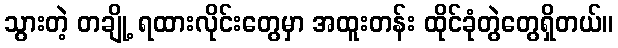
သွားတဲ့ တချို့ ရထားလိုင်းတွေမှာ အထူးတန်း ထိုင်ခုံတွဲတွေရှိတယ်။